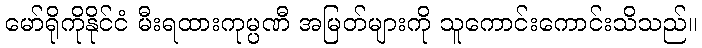
မော်ရိုကိုနိုင်ငံ မီးရထားကုမ္ပဏီ အမြတ်များကို သူကောင်းကောင်းသိသည်။